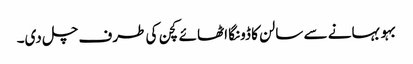
بہو بہانے سے سالن کا ڈونگا اٹھائے کچن کی طرف چل دی۔